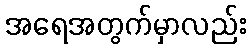
အရေအတွက်မှာလည်း